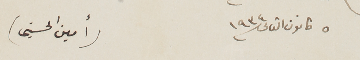
٥ كانون الثانى سنة ١٩٣٤		(أمين الحسيني)